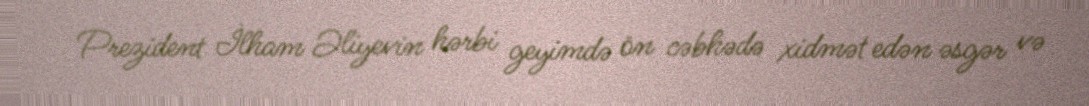
Prezident İlham Əliyevin hərbi geyimdə ön cəbhədə xidmət edən əsgər və